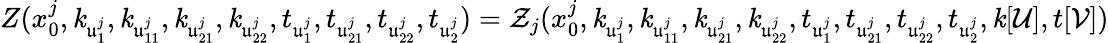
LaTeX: Z(x_{0}^{j},\mathit{k}_{\mathfrak{u}_{1}^{j}},\mathit{k}_{\mathfrak{u}_{11}^{j}},\mathit{k}_{\mathfrak{u}_{21}^{j}},\mathit{k}_{\mathfrak{u}_{22}^{j}},t_{\mathfrak{u}_{1}^{j}},t_{\mathfrak{u}_{21}^{j}},t_{\mathfrak{u}_{22}^{j}},t_{\mathfrak{u}_{2}^{j}})=\mathcal{Z}_{j}(x_{0}^{j},\mathit{k}_{\mathfrak{u}_{1}^{j}},\mathit{k}_{\mathfrak{u}_{11}^{j}},\mathit{k}_{\mathfrak{u}_{21}^{j}},\mathit{k}_{\mathfrak{u}_{22}^{j}},t_{\mathfrak{u}_{1}^{j}},t_{\mathfrak{u}_{21}^{j}},t_{\mathfrak{u}_{22}^{j}},t_{\mathfrak{u}_{2}^{j}},\mathit{k}[\mathcal{U}],t[\mathcal{V}])